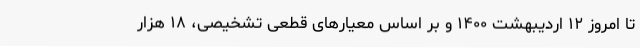
تا امروز ۱۲ اردیبهشت ۱۴۰۰ و بر اساس معیارهای قطعی تشخیصی، ۱۸ هزار